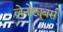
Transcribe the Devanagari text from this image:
लेनोट्यूबर्स